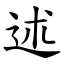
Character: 述